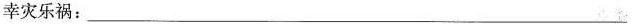
幸灾乐祸：___